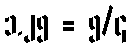
၁.၂၅ = ၅/၄